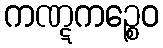
ကဏ္ဋကဉ္စေဝ